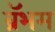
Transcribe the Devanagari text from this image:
ब्रॅभम